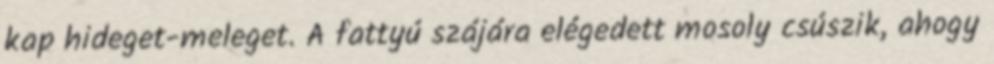
kap hideget-meleget. A fattyú szájára elégedett mosoly csúszik, ahogy